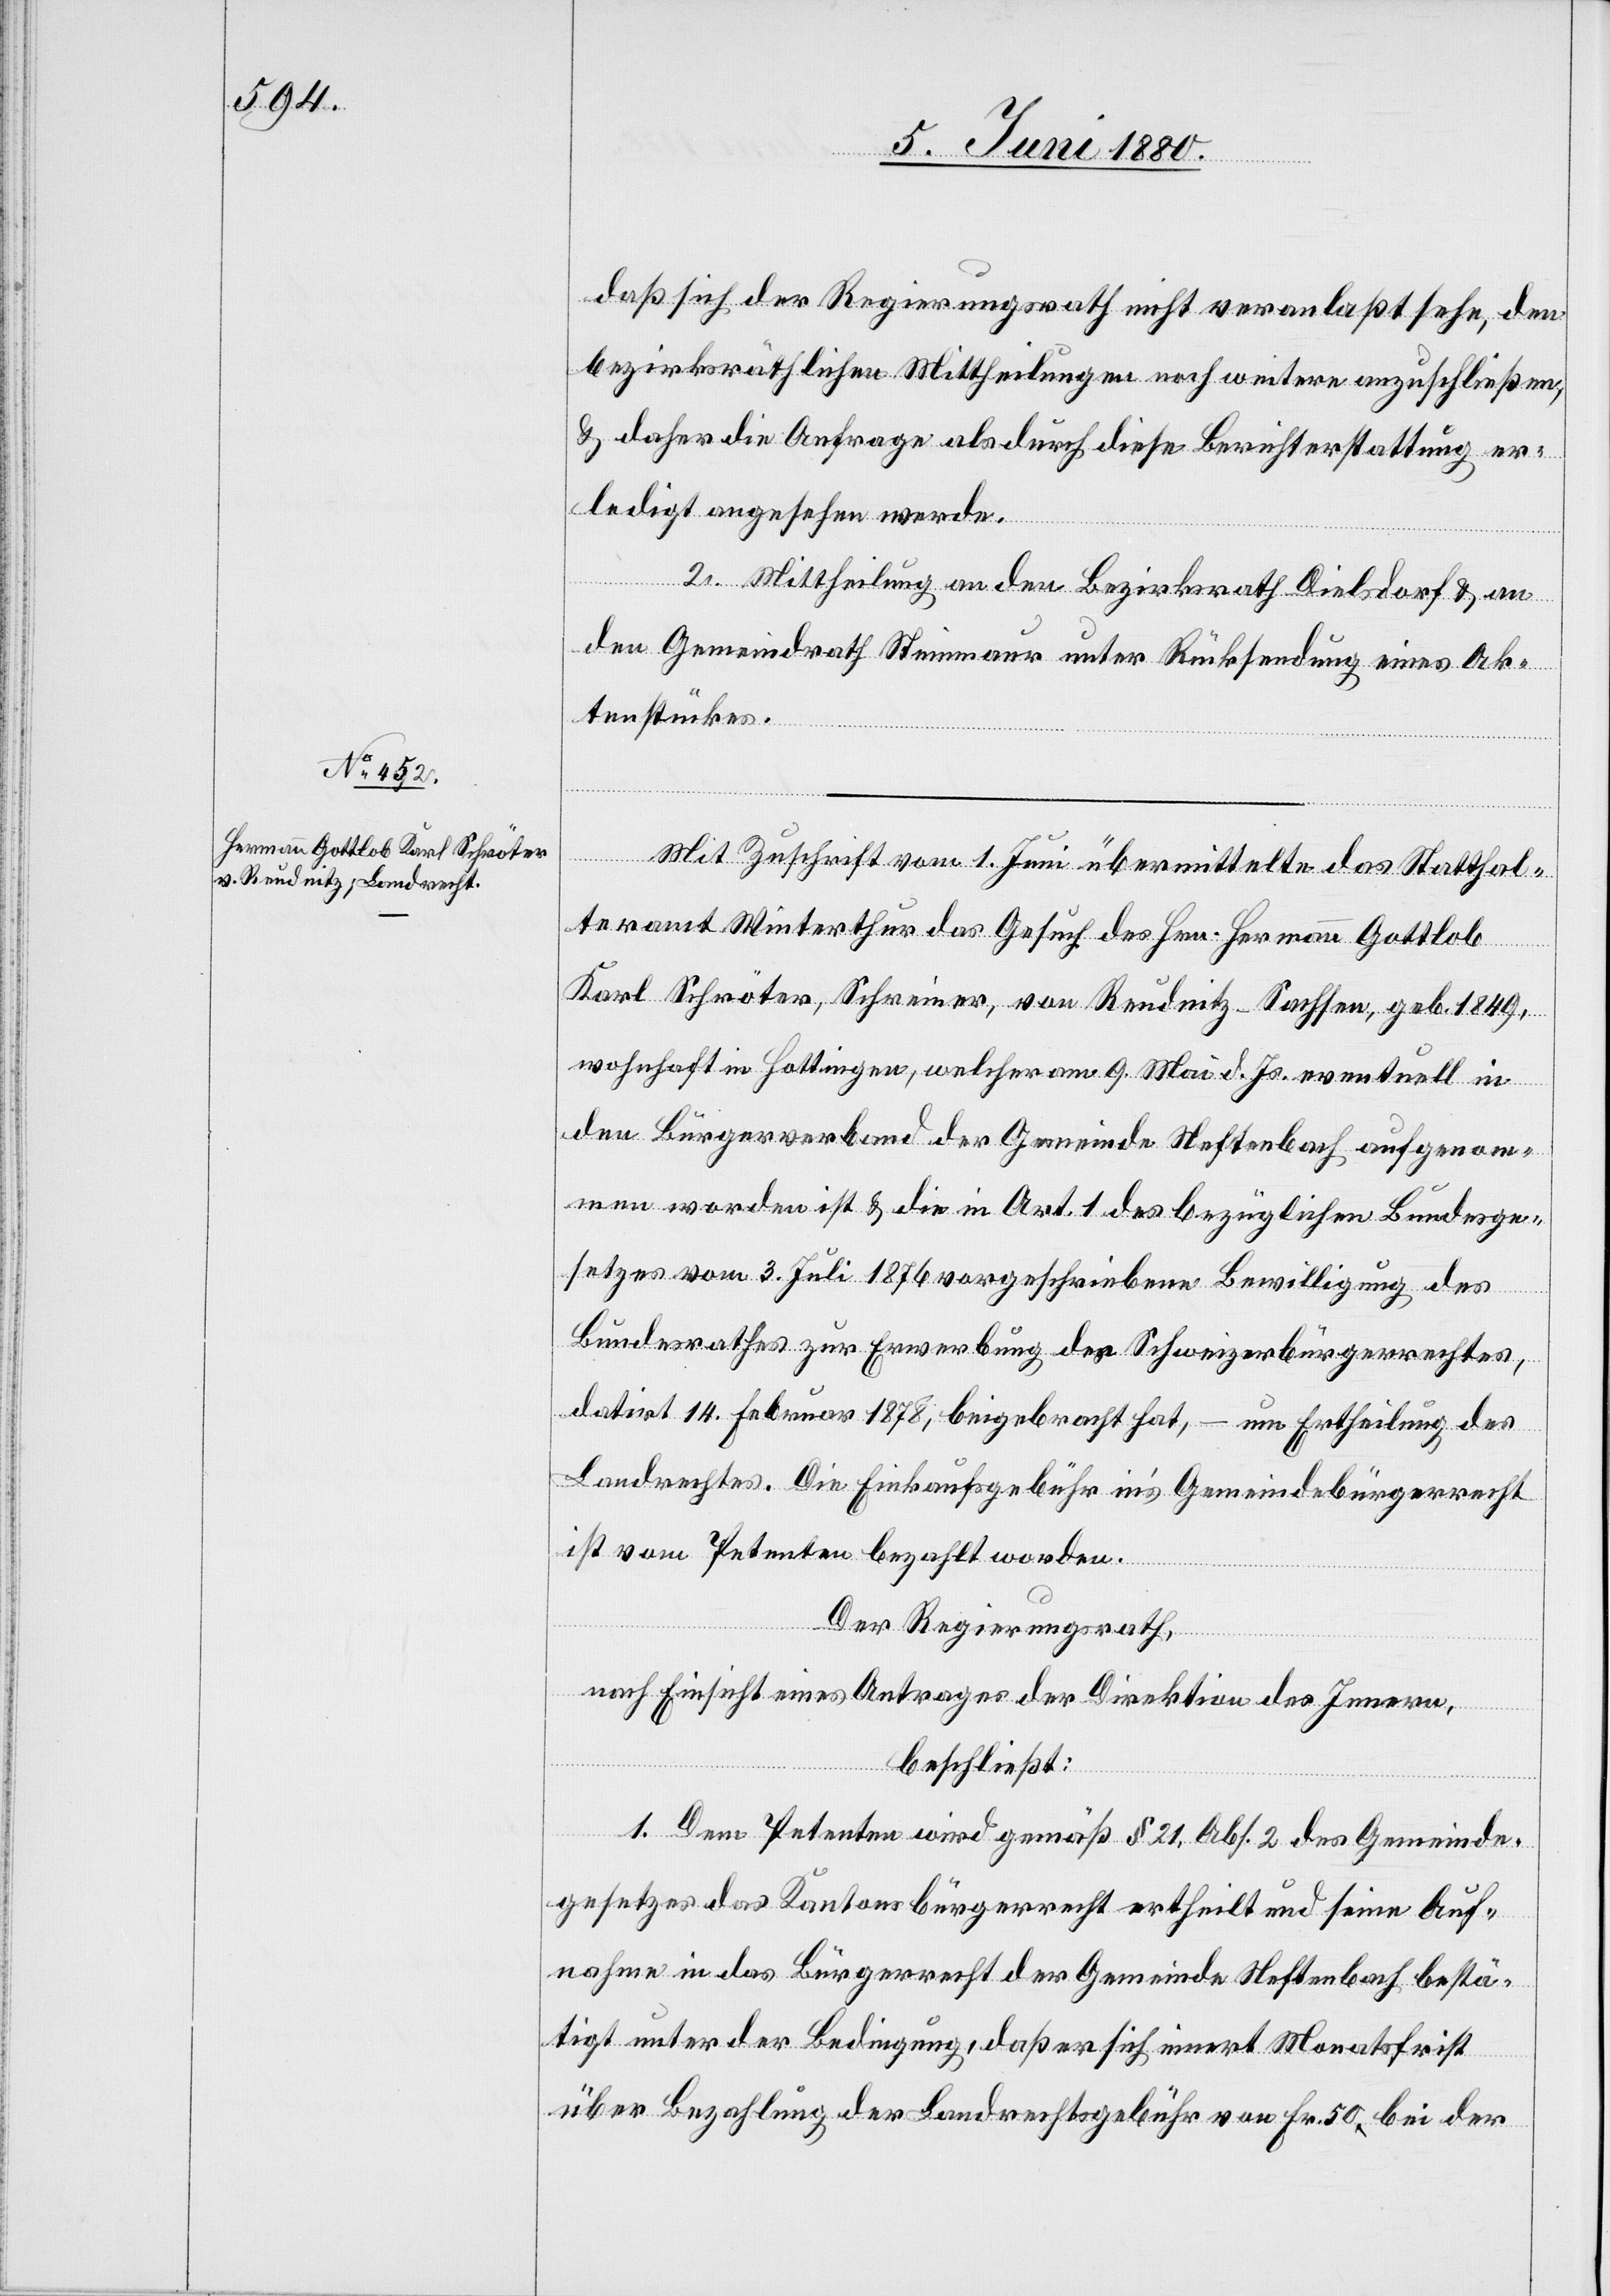
daß sich der Regierungsrath nicht veranlaßt sehe, den
bezirksräthlichen Mittheilungen noch weitere anzuschließen,
& daher die Anfrage als durch diese Berichterstattung er¬
ledigt angesehen werde.
2. Mittheilung an den Bezirksrath Dielsdorf & an
den Gemeindrath Steinmaur unter Rücksendung eines Ak¬
tenstückes.
Mit Zuschrift vom 1. Juni übermittelte das Statthal¬
teramt Winterthur das Gesuch des Hrn. Hermann Gottlob
Karl Schröter, Schreiner, von Reudnitz - Sachsen, geb. 1849,
wohnhaft in Hottingen, welcher am 9. Mai d. Js. eventuell in
den Bürgerverband der Gemeinde Neftenbach aufgenom¬
men worden ist & die in Art. 1 des bezüglichen Bundesge¬
setzes vom 3. Juli 1876 vorgeschriebene Bewilligung des
Bundesrathes zur Erwerbung des Schweizerbürgerrechtes,
datirt 14. Februar 1878, beigebracht hat, – um Ertheilung des
Landrechtes. Die Einkaufsgebühr in’s Gemeindebürgerrecht
ist vom Petenten bezahlt worden.
Der Regierungsrath,
nach Einsicht eines Antrages der Direktion des Innern,
beschließt:
1. Dem Petenten wird gemäß § 21, Abs. 2 des Gemeinde¬
gesetzes das Kantonsbürgerrecht ertheilt und seine Auf¬
nahme in das Bürgerrecht der Gemeinde Neftenbach bestä¬
tigt unter der Bedingung, daß er sich innert Monatsfrist
über Bezahlung der Landrechtsgebühr von Fr. 50 bei der